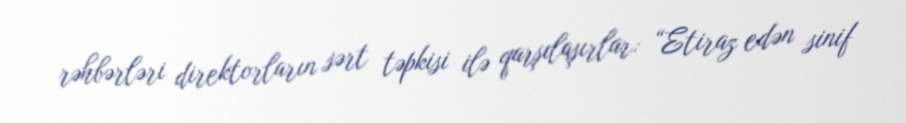
rəhbərləri direktorların sərt təpkisi ilə qarşılaşırlar: “Etiraz edən sinif